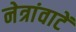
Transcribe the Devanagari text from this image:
नेत्रांवाटें